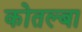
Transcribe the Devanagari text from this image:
कोतल्बा